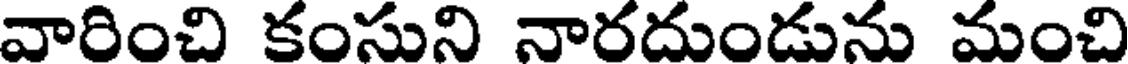
వారించి కంసుని నారదుండును మంచి